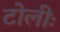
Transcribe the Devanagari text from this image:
टोलीः